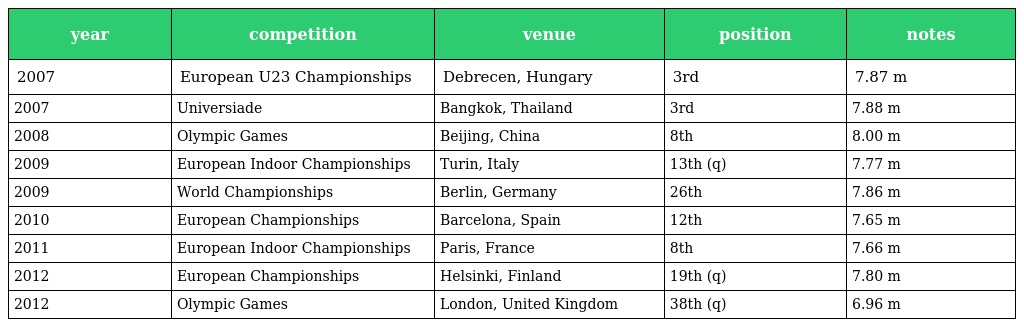
| year | competition | venue | position | notes |
 | --- | --- | --- | --- | --- |
 | 2007 | European U23 Championships | Debrecen, Hungary | 3rd | 7.87 m |
 | 2007 | Universiade | Bangkok, Thailand | 3rd | 7.88 m |
 | 2008 | Olympic Games | Beijing, China | 8th | 8.00 m |
 | 2009 | European Indoor Championships | Turin, Italy | 13th (q) | 7.77 m |
 | 2009 | World Championships | Berlin, Germany | 26th | 7.86 m |
 | 2010 | European Championships | Barcelona, Spain | 12th | 7.65 m |
 | 2011 | European Indoor Championships | Paris, France | 8th | 7.66 m |
 | 2012 | European Championships | Helsinki, Finland | 19th (q) | 7.80 m |
 | 2012 | Olympic Games | London, United Kingdom | 38th (q) | 6.96 m |